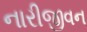
નારીજીવન